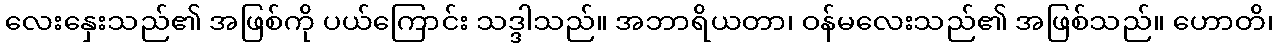
လေးနှေးသည်၏ အဖြစ်ကို ပယ်ကြောင်း သဒ္ဒါသည်။ အဘာရိယတာ၊ ဝန်မလေးသည်၏ အဖြစ်သည်။ ဟောတိ၊